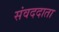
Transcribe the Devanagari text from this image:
संवददाता